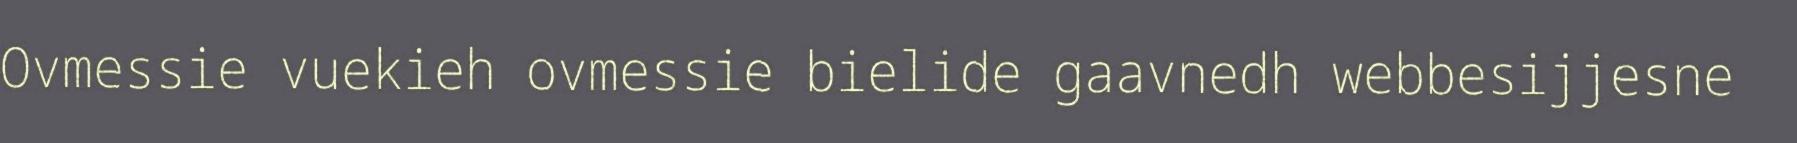
Ovmessie vuekieh ovmessie bielide gaavnedh webbesijjesne